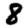
Digit: 8